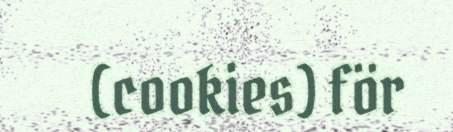
(cookies) för